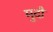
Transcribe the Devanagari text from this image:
मुदौं